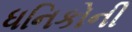
ધનિકોની